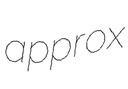
approx